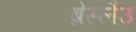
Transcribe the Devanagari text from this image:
ब्रेस्लैउ